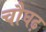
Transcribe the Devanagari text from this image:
चौघढ़